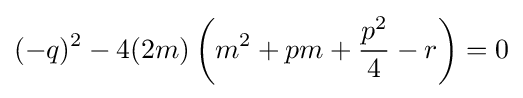
(-q)^{2}-4(2m)\left(m^{2}+pm+{\frac {p^{2}}{4}}-r\right)=0